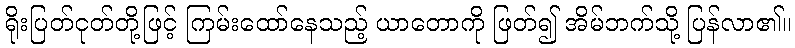
ရိုးပြတ်ငုတ်တို့ဖြင့် ကြမ်းထော်နေသည့် ယာတောကို ဖြတ်၍ အိမ်ဘက်သို့ ပြန်လာ၏။